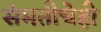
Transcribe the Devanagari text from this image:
संमतीचेही